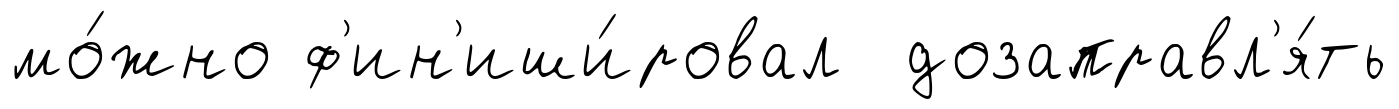
мо́жно ф'ин'иши́ровал дозаправл'я́ть